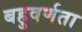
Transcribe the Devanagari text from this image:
बहुवर्णता